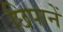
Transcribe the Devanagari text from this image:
छिपानें